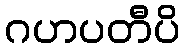
ဂဟပတီပိ